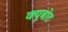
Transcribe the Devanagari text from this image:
क्यूबोट